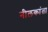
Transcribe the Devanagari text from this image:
नीलकांता